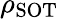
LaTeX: \rho_{\mathrm{SOT}}